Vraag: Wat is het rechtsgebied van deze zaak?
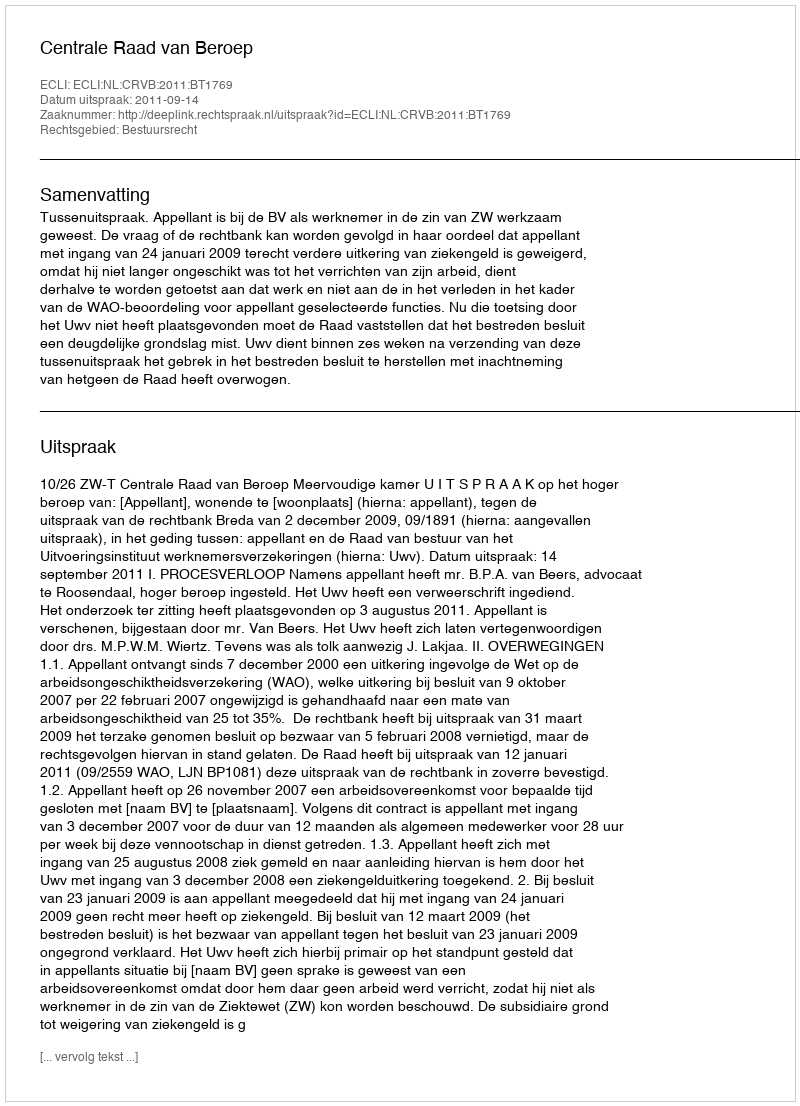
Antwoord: Bestuursrecht